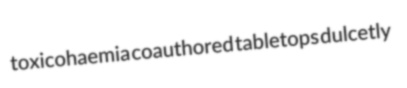
toxicohaemia coauthored tabletops dulcetly